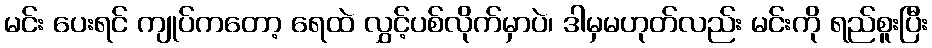
မင်း ပေးရင် ကျုပ်ကတော့ ရေထဲ လွှင့်ပစ်လိုက်မှာပဲ၊ ဒါမှမဟုတ်လည်း မင်းကို ရည်စူးပြီး